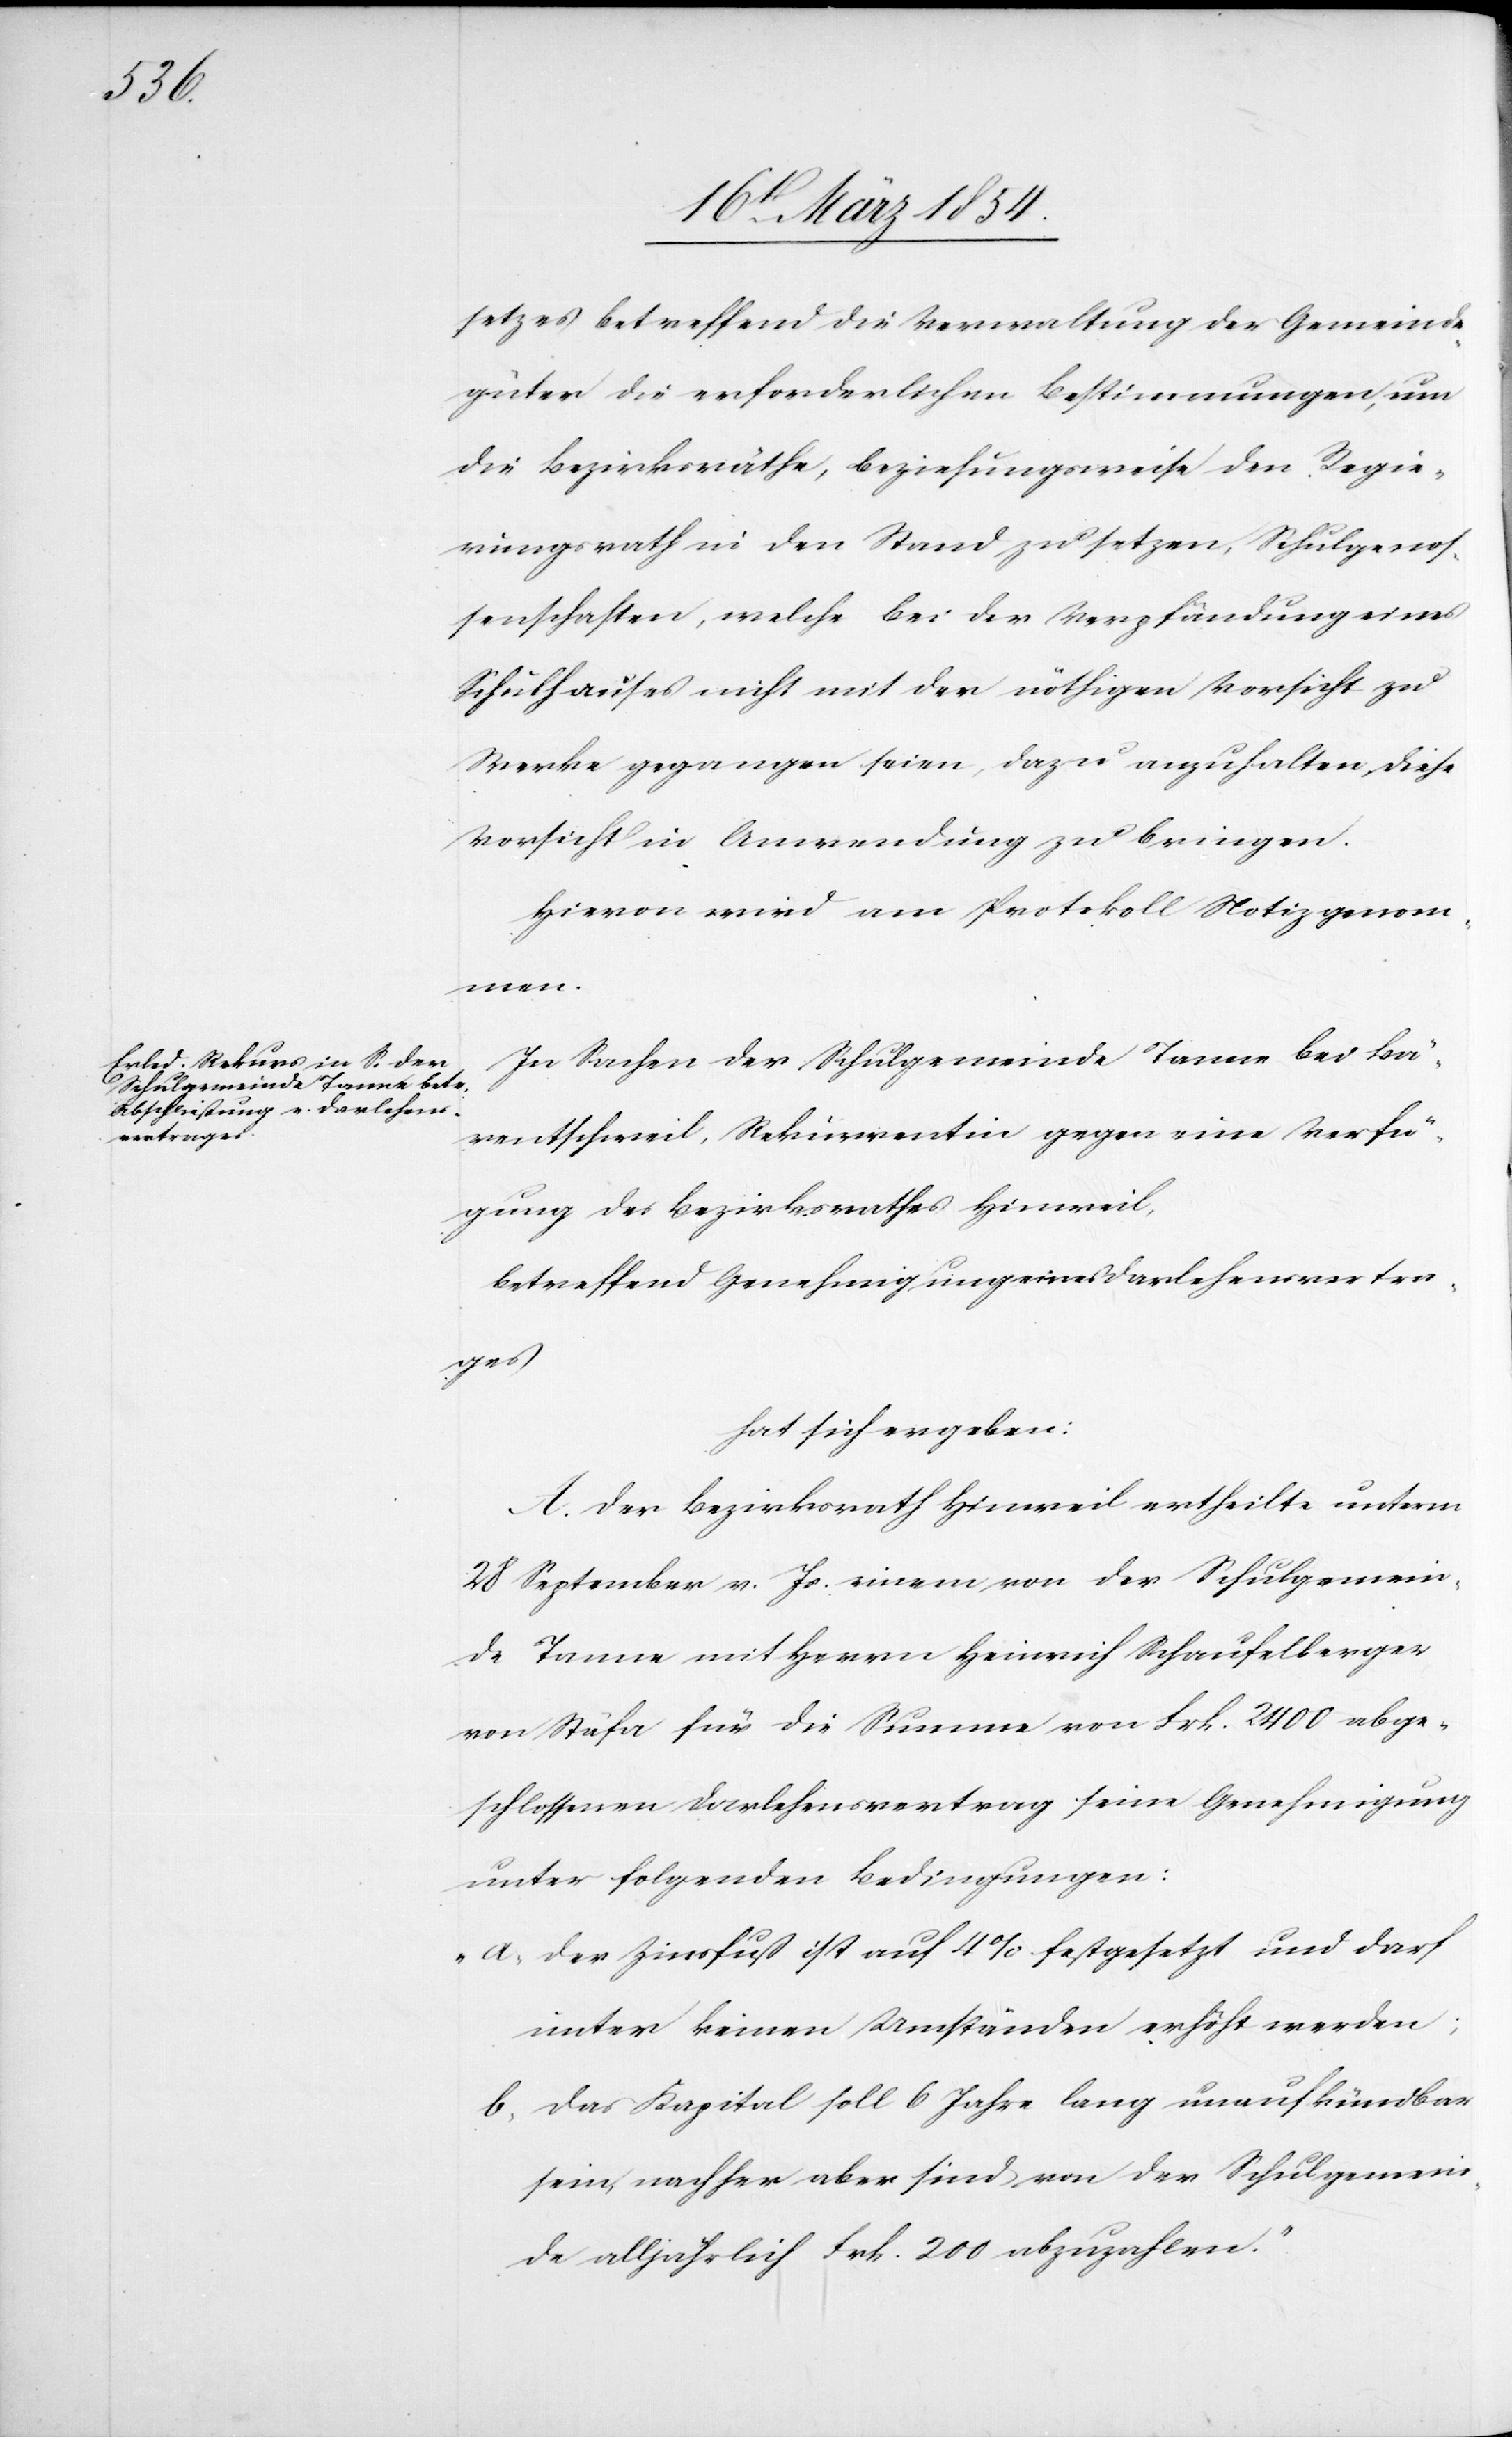
setzes betreffend die Verwaltung der Gemeinde¬
güter die erforderlichen Bestimmungen, um
die Bezirksräthe, beziehungsweise den Regie¬
rungsrath in den Stand zu setzen, Schulgenos¬
senschaften, welche bei der Verpfändung eines
Schulhauses nicht mit der nöthigen Vorsicht zu
Werke gegangen seien, dazu anzuhalten, diese
Vorsicht in Anwendung zu bringen.
Hievon wird am Protokolle Notiz genom¬
men.
In Sachen der Schulgemeinde Tanne bei Bä¬
rentschweil, Rekurrentin gegen eine Verfü¬
gung des Bezirksrathes Hinweil,
betreffend Genehmigung eines Darlehensvertra¬
ges
hat sich ergeben:
A. Der Bezirksrath Hinweil ertheilte unterm
28 September v. Js. einem von der Schulgemein¬
de Tanne mit Herrn Heinrich Schaufelberger
von Stäfa für die Summe von Frk. 2400 abge¬
schlossenen Darlehensvertrag seine Genehmigung
unter folgenden Bedingungen:
„a. Der Zinsfuß ist auf 4% festgesetzt und darf
unter keinen Umständen erhöht werden;
b. Das Kapital soll 6 Jahre lang unaufkündbar
sein, nachher aber sind von der Schulgemein¬
de alljährlich Frk. 200 abzubezahlen.“